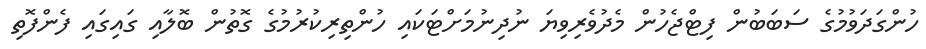
ހުންގަދަވުމުގެ ސަބަބުން ފިޓްޖެހުން މެދުވެރިވިޔަ ނުދިނުމަށްޓަކައި ހުންތިރިކުރުމުގެ ގޮތުން ބޮލާއި ގައިގައި ފެންފޮތި